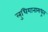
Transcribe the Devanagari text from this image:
लुधियानामधून